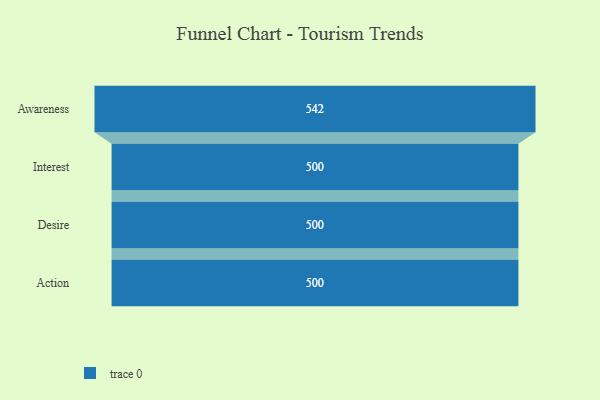
{"axis": {"x": "Stage", "y": "Value"}, "legend": [""], "data": [{"x": "Awareness", "y": 542.0, "type": ""}, {"x": "Interest", "y": 500, "type": ""}, {"x": "Desire", "y": 500, "type": ""}, {"x": "Action", "y": 500, "type": ""}]}